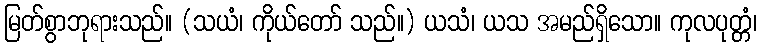
မြတ်စွာဘုရားသည်။ (သယံ၊ ကိုယ်တော် သည်။) ယသံ၊ ယသ အမည်ရှိသော။ ကုလပုတ္တံ၊